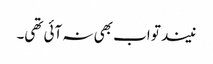
نیند تو اب بھی نہ آئی تھی۔